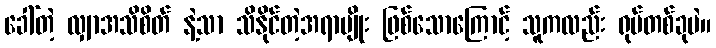
ခေါ်တဲ့ လျှာအသိစိတ် နဲ့သာ သိနိုင်တဲ့အရာမျိုး ဖြစ်သောကြောင့် သူကလည်း ရုပ်တစ်ခုပဲ။